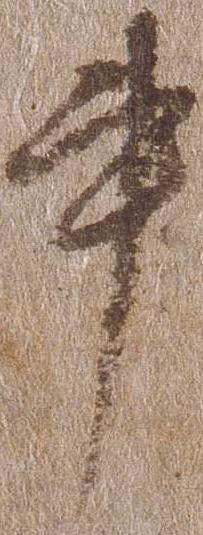
書